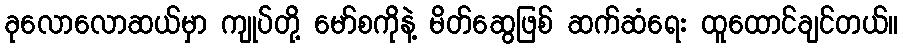
ခုလောလောဆယ်မှာ ကျုပ်တို့ မော်စကိုနဲ့ မိတ်ဆွေဖြစ် ဆက်ဆံရေး ထူထောင်ချင်တယ်။